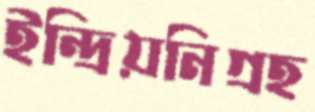
ইন্দ্রিয়নিগ্রহ